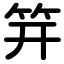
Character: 笄